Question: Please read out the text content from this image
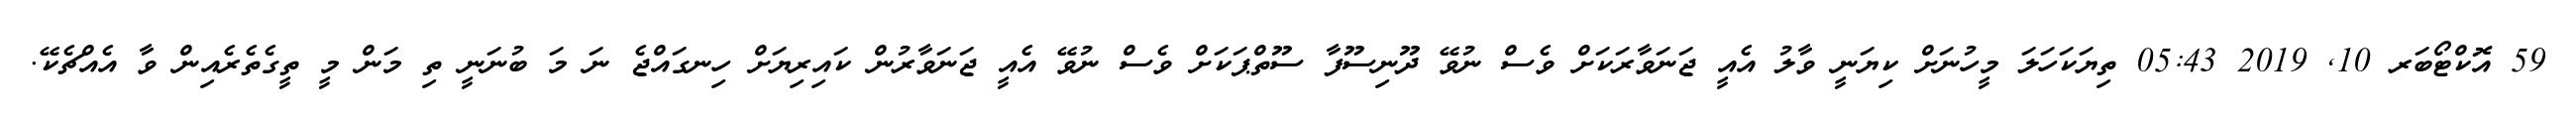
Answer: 59 އޮކްޓޯބަރ 10, 2019 05:43 ތިޔަކަހަލަ މީހުނަށް ކިޔަނީ ވާލު އެއީ ޖަނަވާރަކަށް ވެސް ނުވޭ ދޫނިސޫފާ ސޫތްޕަކަށް ވެސް ނުވޭ އެއީ ޖަނަވާރުން ކައިރިޔަށް ހިނގައްޖެ ނަ މަ ބުނަނީ ތި މަން މީ ތީގެތެރެއިން ވާ އެއްޗެކޭ.